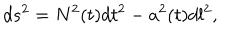
LaTeX: d s ^ { 2 } = N ^ { 2 } ( t ) d t ^ { 2 } - a ^ { 2 } ( t ) d l ^ { 2 } ,